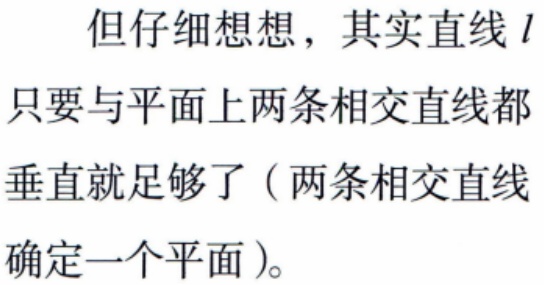
但仔细想想，其实直线\(l\)只要与平面上两条相交直线都垂直就足够了（两条相交直线确定一个平面）。